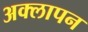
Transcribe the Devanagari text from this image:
अक्लापन